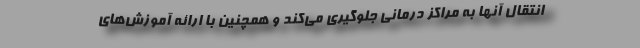
انتقال آنها به مراکز درمانی جلوگیری می‌کند و همچنین با ارائه آموزش‌های